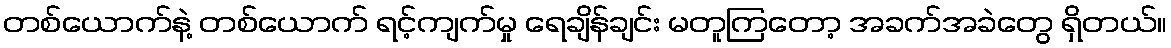
တစ်ယောက်နဲ့ တစ်ယောက် ရင့်ကျက်မှု ရေချိန်ချင်း မတူကြတော့ အခက်အခဲတွေ ရှိတယ်။